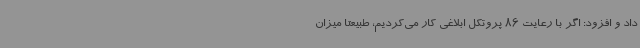
داد و افزود: اگر با رعایت 86 پروتکل ابلاغی کار می‌کردیم، طبیعتا میزان